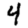
Digit: 4